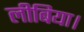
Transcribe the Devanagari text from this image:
लीबिया।